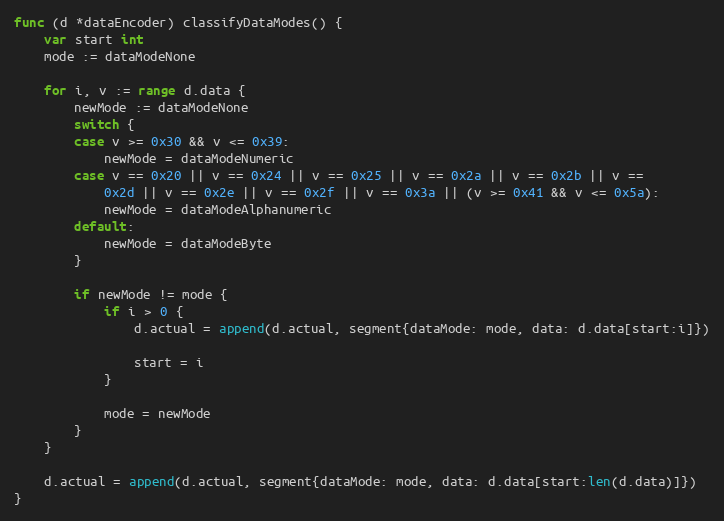
Language: Go
func (d *dataEncoder) classifyDataModes() {
	var start int
	mode := dataModeNone

	for i, v := range d.data {
		newMode := dataModeNone
		switch {
		case v >= 0x30 && v <= 0x39:
			newMode = dataModeNumeric
		case v == 0x20 || v == 0x24 || v == 0x25 || v == 0x2a || v == 0x2b || v ==
			0x2d || v == 0x2e || v == 0x2f || v == 0x3a || (v >= 0x41 && v <= 0x5a):
			newMode = dataModeAlphanumeric
		default:
			newMode = dataModeByte
		}

		if newMode != mode {
			if i > 0 {
				d.actual = append(d.actual, segment{dataMode: mode, data: d.data[start:i]})

				start = i
			}

			mode = newMode
		}
	}

	d.actual = append(d.actual, segment{dataMode: mode, data: d.data[start:len(d.data)]})
}